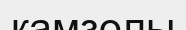
камзолы